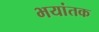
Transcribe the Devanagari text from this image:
भयांतक